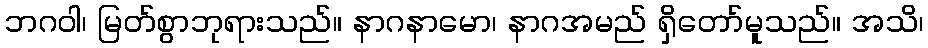
ဘဂဝါ၊ မြတ်စွာဘုရားသည်။ နာဂနာမော၊ နာဂအမည် ရှိတော်မူသည်။ အသိ၊